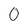
Character: 0